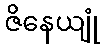
ဇိနေယျုံ